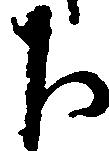
下